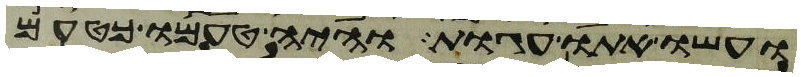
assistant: ועשו אתו עגות והיה טעמו כטעם